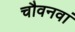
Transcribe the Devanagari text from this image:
चौवनवां